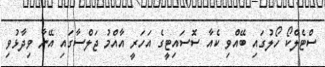
ސްޓެލްކޯ ހޯލުގައި ބޭއްވި ކެއާ ސޮސައިޓީގެ އަހަރީ އާއްމު ޖަލްސާގައި އޭނާ ވިދާޅުވި